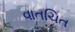
વાતચિત